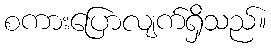
စကားပြောလျက်ရှိသည်။